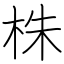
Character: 株